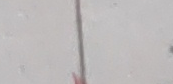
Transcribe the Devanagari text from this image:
माथि